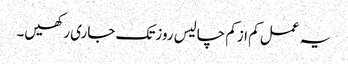
یہ عمل کم ازکم چالیس روزتک جاری رکھیں۔